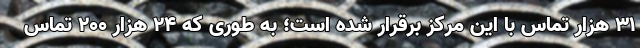
۳۱ هزار تماس با این مرکز برقرار شده است؛ به طوری که ۲۴ هزار ۲۰۰ تماس